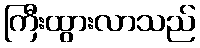
ကြီးထွားလာသည်